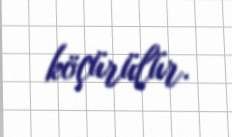
köçürülür.